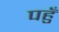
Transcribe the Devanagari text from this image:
पहुँ